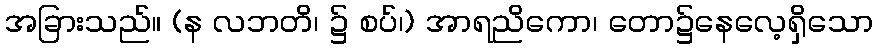
အခြားသည်။ (န လဘတိ၊ ၌ စပ်၊) အာရညိကော၊ တော၌နေလေ့ရှိသော